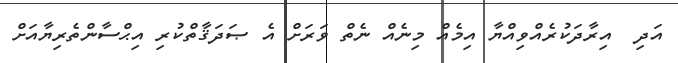
އަދި  އިރާދަކުރެއްވިއްޔާ އިމެއް މިނެއް ނެތް ވަރަށް އެ ޞަދަޤާތްކުރި އިޙްސާންތެރިޔާއަށް